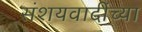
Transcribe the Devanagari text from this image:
संशयवादींच्या